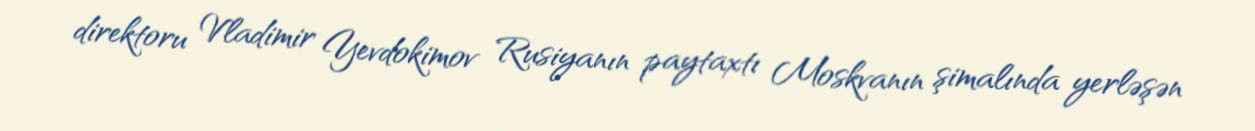
direktoru Vladimir Yevdokimov Rusiyanın paytaxtı Moskvanın şimalında yerləşən